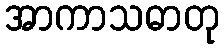
အာကာသဓာတု